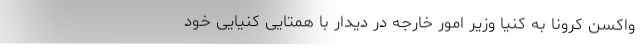
واکسن کرونا به کنیا وزیر امور خارجه در دیدار با همتایی کنیایی خود